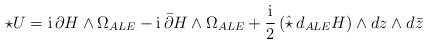
LaTeX: \begin{align*}\star U = {\rm i}\,\partial H \wedge \Omega_{ALE} -{\rm i}\, \bar{\partial} H \wedge \Omega_{ALE}+ \frac{{\rm i}}{2}\left(\hat{\star}\,d_{ALE}H\right)\wedge dz\wedge d\bar{z}\end{align*}